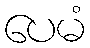
ပေမံ